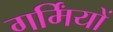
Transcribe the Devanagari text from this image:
गर्मिंयों